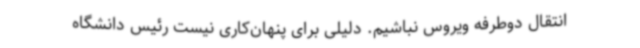
انتقال دوطرفه ویروس نباشیم. دلیلی برای پنهان‌کاری نیست رئیس دانشگاه